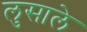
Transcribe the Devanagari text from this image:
लुसाले